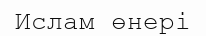
Ислам өнері